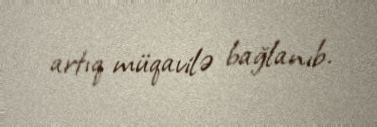
artıq müqavilə bağlanıb.